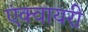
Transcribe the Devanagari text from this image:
एंक्वायरी